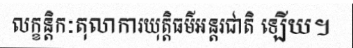
លក្ខន្តិកៈតុលាការយុត្តិធម៌អន្តរជាតិ ឡើយ។